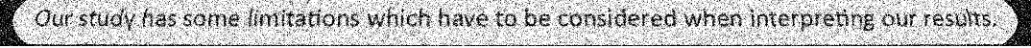
Our study has some limitations which have to be considered when interpreting our results.